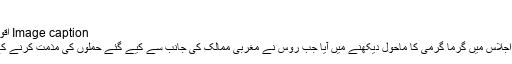
اقوام متحدہ میں رد عمل:
Image caption اقوام متحدہ میں روس کے سفیر وسیلی نبینزیا
حملوں کے بعد سلامی کونسل کے ہنگامی اجلاس میں گرما گرمی کا ماحول دیکھنے میں آیا جب روس نے مغربی ممالک کی جانب سے کیے گئے حملوں کی مذمت کرنے کے لیے قرارداد پیش کرنے کی کوشش کی۔